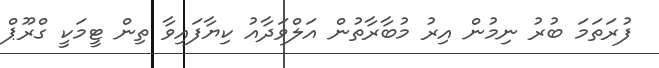
ފުރަތަމަ ބުރު ނިމުން އިރު މުބާރާތުން އަލްވަދާއު ކިޔާފައިވާ ތިން ޓީމަކީ ގްރޫޕް